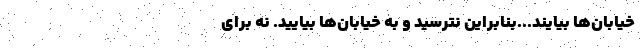
خیابان‌ها بیایند...بنابراین نترسید و به خیابان‌ها بیایید. نه برای